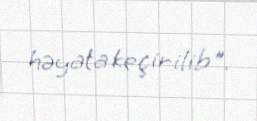
həyata keçirilib".